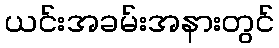
ယင်းအခမ်းအနားတွင်